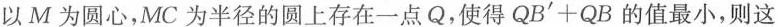
以M为圆心，MC为半径的圆上存在一点Q，使得$$Q B ^ {\prime} + Q B$$的值最小，则这